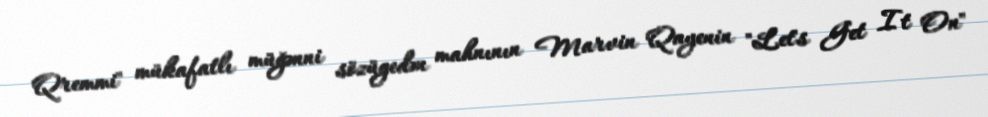
Qremmi" mükafatlı müğənni sözügedən mahnının Marvin Qayenin "Let's Get It On"